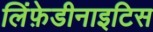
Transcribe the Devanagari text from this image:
लिंफ़ेडीनाइटिस